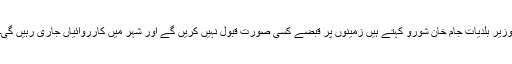
وزیرِ بلدیات جام خان شورو کہتے ہیں زمینوں پر قبضے کسی صورت قبول نہیں کریں گے اور شہر میں کارروائیاں جاری رہیں گی۔